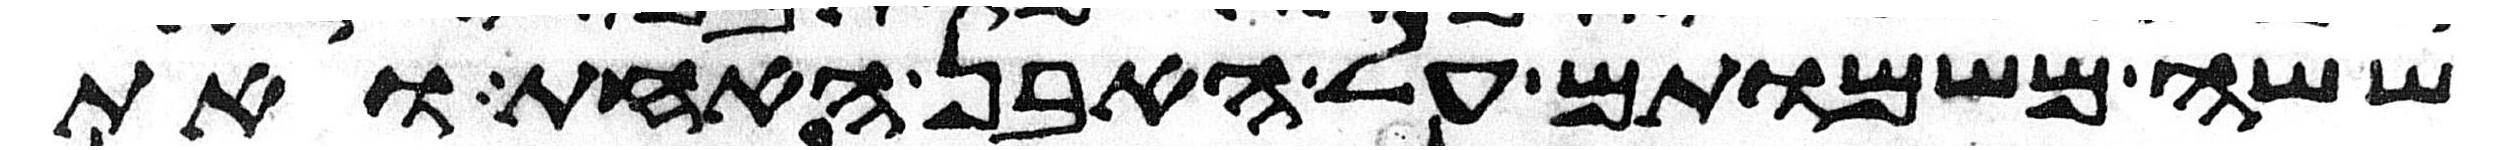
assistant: ששה משמותם על האבן האחת ואת